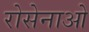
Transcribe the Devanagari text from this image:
रोसेनाओ